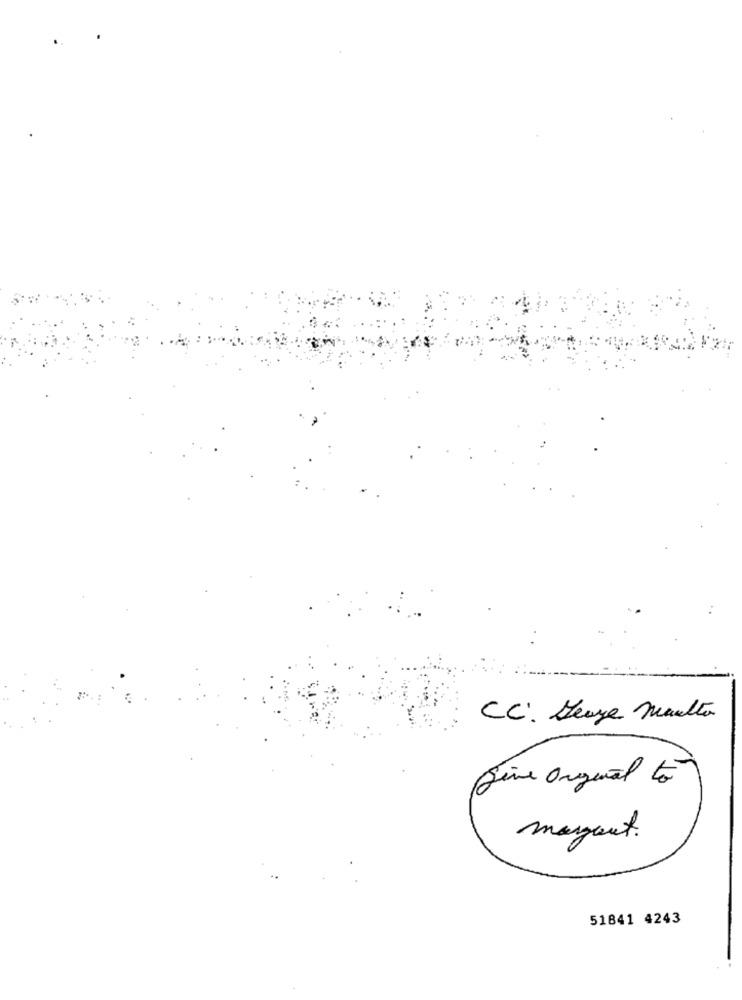
CC. Senza Muutta
Gêne Original to
margaret.
51841 4243